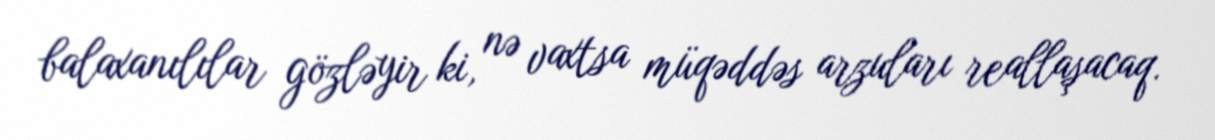
balaxanılılar gözləyir ki, nə vaxtsa müqəddəs arzuları reallaşacaq.